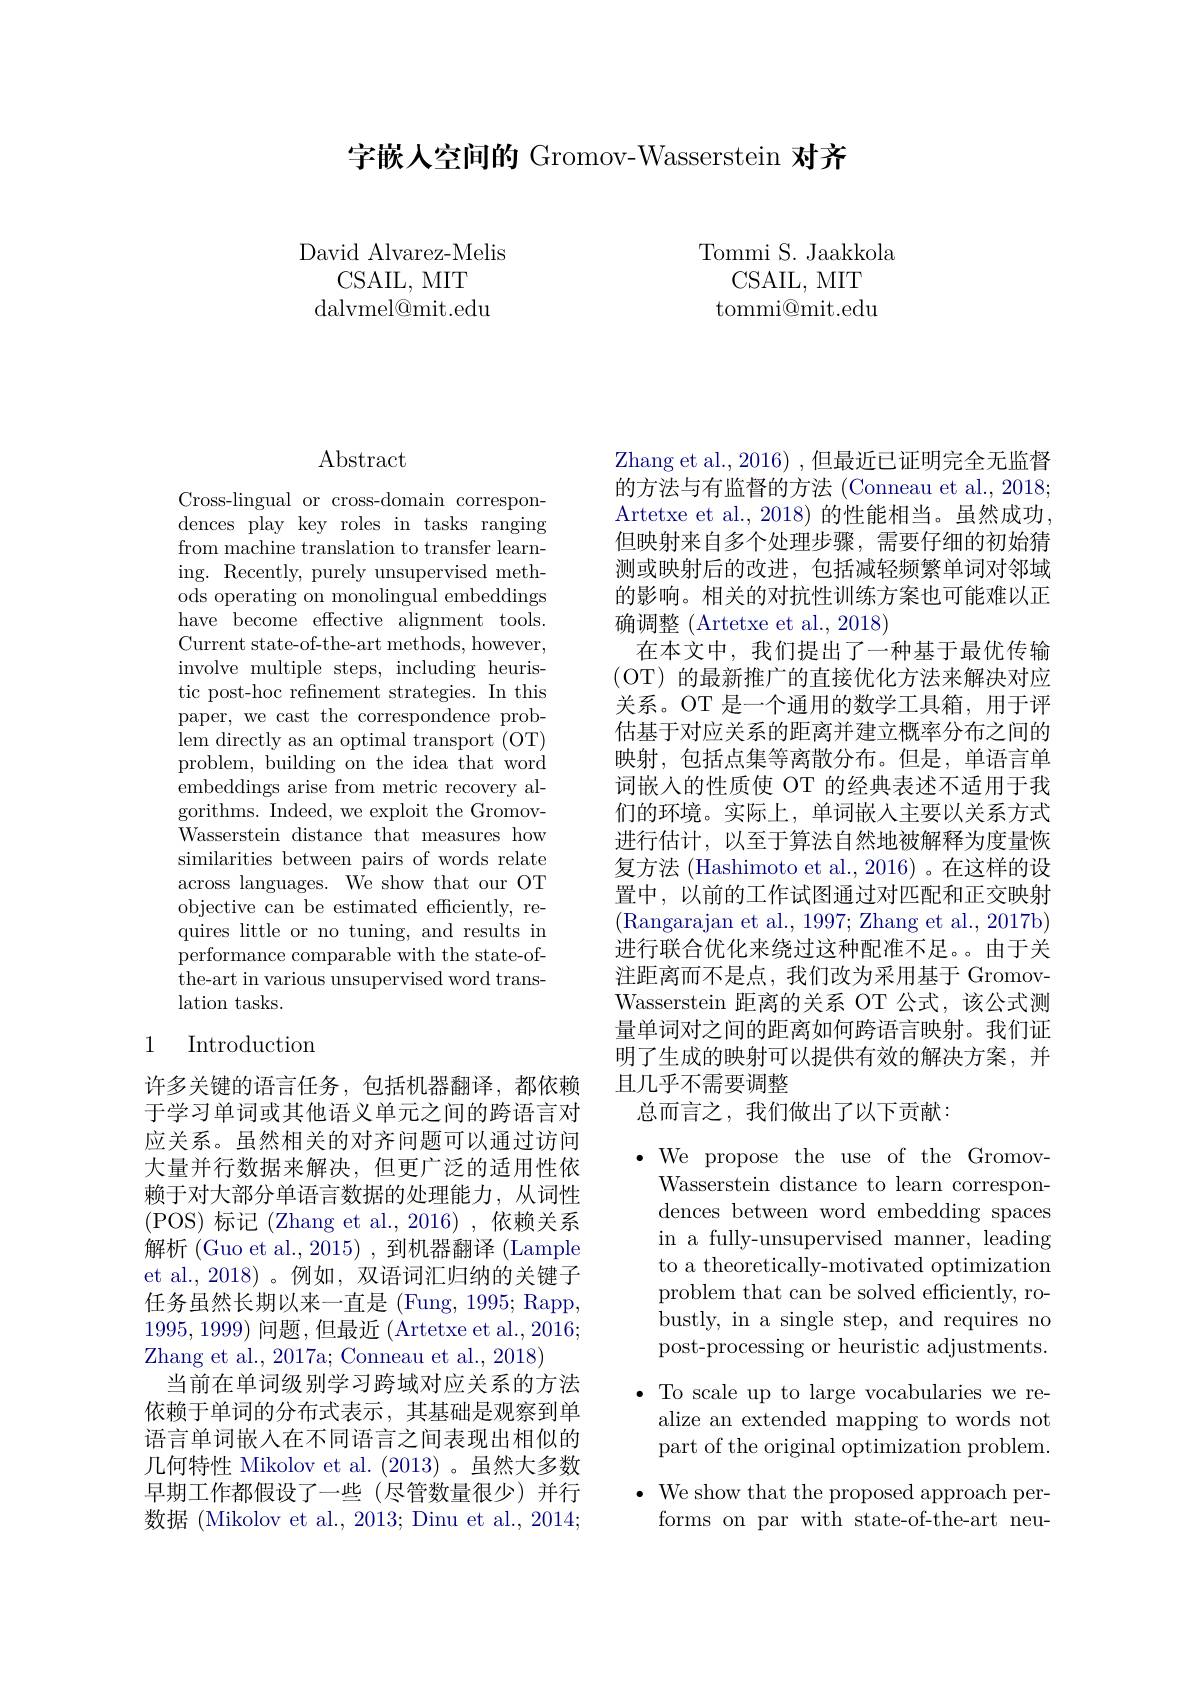
字嵌人空间的 Gromov-Wasserstein 对齐

David Alvarez-Melis
CSAIL, MIT
${\mathrm{dalvmel@mit.edu}}$

Tommi S. Jaakkola
CSAIL, MIT tommi@mit.edu

Abstract

Cross-lingual or cross-domain correspondences play key roles in tasks ranging from machine translation to transfer learning. Recently, purely unsupervised methods operating on monolingual embeddings have become effective alignment tools. Current state-of-the-art methods, however, involve multiple steps, including heuristic post-hoc refinement strategies. In this paper, we cast the correspondence problem directly as an optimal transport (OT) problem, building on the idea that word embeddings arise from metric recovery algorithms. Indeed, we exploit the Gromov- $\bar{\text{Wasserstein distance that measures how}}$ similarities between pairs of words relate across languages. We show that our OT objective can be estimated efficiently, requires little or no tuning, and results in performance comparable with the state-ofthe-art in various unsupervised word translation tasks.

# 1 Introduction

许多关键的语言任务，包括机器翻译，都依赖于学习单词或其他语义单元之间的跨语言对应关系。虽然相关的对齐问题可以通过访问大量并行数据来解决，但更广泛的适用性依赖于对大部分单语言数据的处理能力，从词性( POS) 标记(Zhang et al.,2016),依赖关系解析 (Guo et al.,2015) ,到机器翻译 (Lample et al., 2018)。例如，双语词汇归纳的关键子任务虽然长期以来一直是 (Fung, 1995; Rapp, 1995,1999)问题，但最近 (Artetxe et al., 2016; Zhang et al., 2017a; Conneau et al., 2018)
当前在单词级别学习跨域对应关系的方法依赖于单词的分布式表示，其基础是观察到单语言单词嵌入在不同语言之间表现出相似的几何特性 Mikolov et al. (2013)。虽然大多数早期工作都假设了一些(尽管数量很少)并行数据 (Mikolov et al., 2013; Dinu et al., 2014;

Zhang et al., 2016) , 但最近已证明完全无监督的方法与有监督的方法 (Conneau et al., 2018; Artetxe et al., 2018) 的性能相当。虽然成功， 但映射来自多个处理步骤，需要仔细的初始猜测或映射后的改进，包括减轻频繁单词对邻域的影响。相关的对抗性训练方案也可能难以正确调整 (Artetxe et al., 2018)
在本文中，我们提出了一种基于最优传输(OT)的最新推广的直接优化方法来解决对应关系。OT 是一个通用的数学工具箱，用于评估基于对应关系的距离并建立概率分布之间的映射，包括点集等离散分布。但是，单语言单词嵌入的性质使 OT 的经典表述不适用于我们的环境。实际上，单词嵌入主要以关系方式进行估计，以至于算法自然地被解释为度量恢复方法 (Hashimoto et al., 2016) 。在这样的设置中，以前的工作试图通过对匹配和正交映射(Rangarajan et al., 1997; Zhang et al., 2017b) 进行联合优化来绕过这种配准不足。由于关注距离而不是点，我们改为采用基于 GromovWasserstein 距离的关系 OT 公式，该公式测量单词对之间的距离如何跨语言映射。我们证明了生成的映射可以提供有效的解决方案，并且几乎不需要调整
总而言之，我们做出了以下贡献：

$\bullet$We propose the use of the Gromov-
Wasserstein distance to learn correspondences between word embedding spaces in a fully-unsupervised manner, leading to a theoretically-motivated optimization problem that can be solved efficiently, ro- bustly, in a single step, and requires no post-processing or heuristic adjustments.
$\bullet$ To scale up to large vocabularies we re-
alize an extended mapping to words not part of the original optimization problem.
$\bullet$ We show that the proposed approach per-
forms on par with state-of-the-art neu-